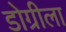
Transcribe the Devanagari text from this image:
डोग्रीला